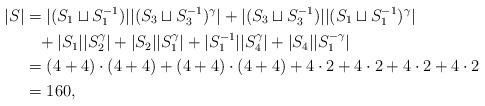
LaTeX: \begin{align*}|S|&=|(S_1\sqcup S_1^{-1})||(S_3\sqcup S_3^{-1})^{\gamma}|+|(S_3\sqcup S_3^{-1})||(S_1\sqcup S_1^{-1})^\gamma|\\&\phantom{=}+|S_1||S_2^\gamma|+|S_2||S_1^\gamma|+|S_1^{-1}||S_4^\gamma|+|S_4||S_1^{-\gamma}|\\&=(4+4)\cdot(4+4)+(4+4)\cdot(4+4)+4\cdot2+4\cdot2+4\cdot2+4\cdot2\\&=160,\end{align*}